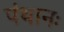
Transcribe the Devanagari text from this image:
पंथानः